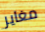
مغاير